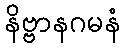
နိဗ္ဗာနဂမနံ